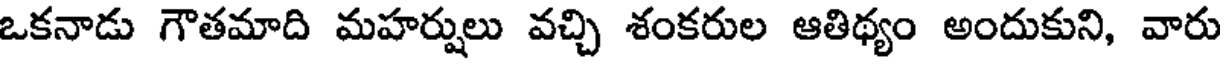
ఒకనాడు గౌతమాది మహర్షులు వచ్చి శంకరుల ఆతిథ్యం అందుకుని, వారు